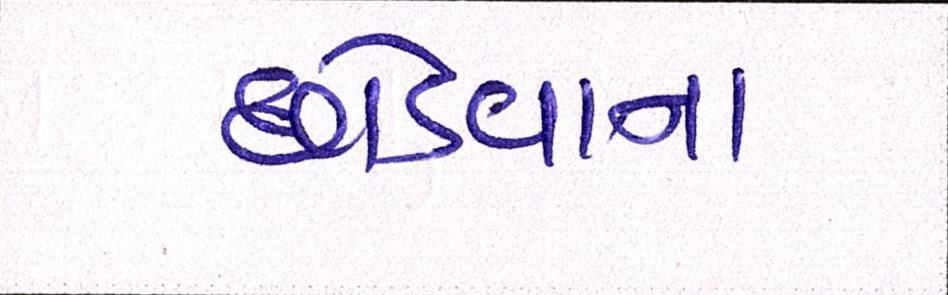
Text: છોડવાના